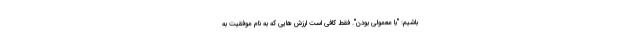
باشیم: "با معمولی بودن". فقط کافی است ارزش هایی که به نام موفقیت به